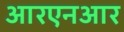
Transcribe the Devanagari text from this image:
आरएनआर